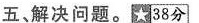
五解决问题。\star38分